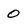
Character: 0